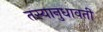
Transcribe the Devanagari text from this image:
तस्यानुधावती